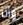
وأنا